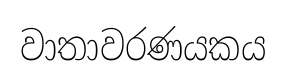
වාතාවරණයකය